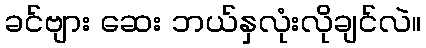
ခင်ဗျား ဆေး ဘယ်နှလုံးလိုချင်လဲ။